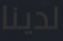
لدينا